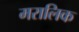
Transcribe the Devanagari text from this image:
मरालिक